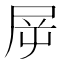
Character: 𡱞